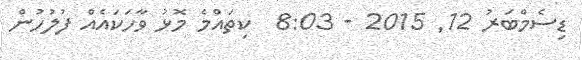
ޑިސެމްބަރު 12